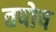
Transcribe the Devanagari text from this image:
तपोष